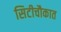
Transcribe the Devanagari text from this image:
सिटीचौकात